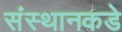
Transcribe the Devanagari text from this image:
संस्थानकडे